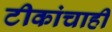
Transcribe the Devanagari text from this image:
टीकांचाही